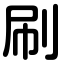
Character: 刷